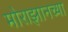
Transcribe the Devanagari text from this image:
मोराझानच्या